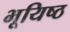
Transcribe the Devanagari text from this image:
भूयिष्ठ